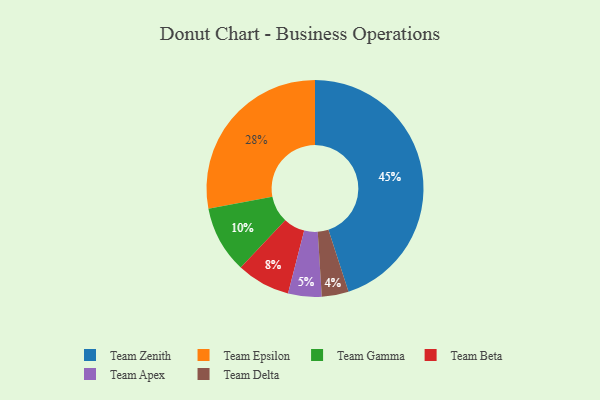
{"axis": {"x": "Category", "y": "Percentage"}, "legend": ["Team Apex", "Team Beta", "Team Delta", "Team Epsilon", "Team Gamma", "Team Zenith"], "data": [{"x": "Team Delta", "y": 4, "type": "Team Delta"}, {"x": "Team Beta", "y": 8, "type": "Team Beta"}, {"x": "Team Gamma", "y": 10, "type": "Team Gamma"}, {"x": "Team Zenith", "y": 45, "type": "Team Zenith"}, {"x": "Team Apex", "y": 5, "type": "Team Apex"}, {"x": "Team Epsilon", "y": 28, "type": "Team Epsilon"}]}